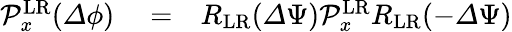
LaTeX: \begin{array}{rlr}{\mathcal{P}_{x}^{\mathrm{LR}}({\mathit\Delta\phi})}&{{}=}&{R_{\mathrm{LR}}({\mathit\Delta\Psi})\mathcal{P}_{x}^{\mathrm{LR}}R_{\mathrm{LR}}(-{\mathit\Delta\Psi})}\end{array}